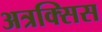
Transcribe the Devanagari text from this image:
अत्रक्सिस